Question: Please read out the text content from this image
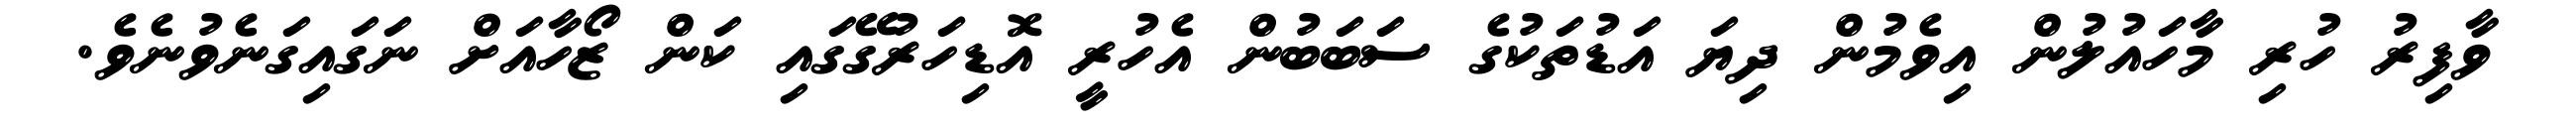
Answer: ވާފިރު ހުރި މާހައުލުން އިވެމުން ދިޔަ އަޑުތަކުގެ ސަބަބުން އެހުރީ އޮޑިހަރުގޭގައި ކަން ޒޯހާއަށް ނަގައިގަނެވުނެވެ.